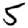
Digit: 5